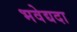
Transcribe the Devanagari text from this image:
भवेद्यदा